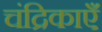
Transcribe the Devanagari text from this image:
चंद्रिकाएँ